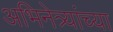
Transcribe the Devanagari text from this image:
अभिनेत्र्यांच्या